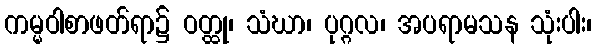
ကမ္မဝါစာဖတ်ရာ၌ ဝတ္ထု၊ သံဃာ၊ ပုဂ္ဂလ၊ အပရာမသန သုံးပါး၊